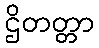
ဌိတတ္တာ